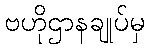
ဗဟိုဌာနချုပ်မှ